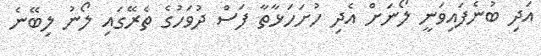
އަދި ބުނެފައިވަނީ ލޯނަށް އެދި ހުށަހަޅާތާ ފަސް ދުވަހުގެ ތެރޭގައި ލޯނު ލިބޭނެ